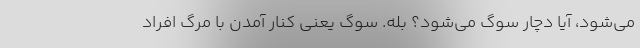
می‌شود، آیا دچار سوگ می‌شود؟ بله. سوگ یعنی کنار آمدن با مرگ افراد